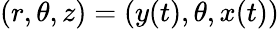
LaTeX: (r,\theta,z)=(y(t),\theta,x(t))